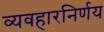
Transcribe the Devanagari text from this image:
व्यवहारनिर्णय